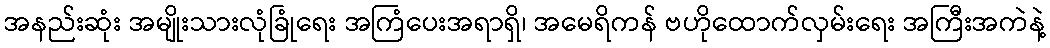
အနည်းဆုံး အမျိုးသားလုံခြုံရေး အကြံပေးအရာရှိ၊ အမေရိကန် ဗဟိုထောက်လှမ်းရေး အကြီးအကဲနဲ့